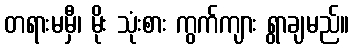
တရားမမှီ၊ မိုး သုံးစား ကွက်ကျား ရွာချမည်။